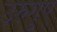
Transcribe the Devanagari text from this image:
उरुगुए